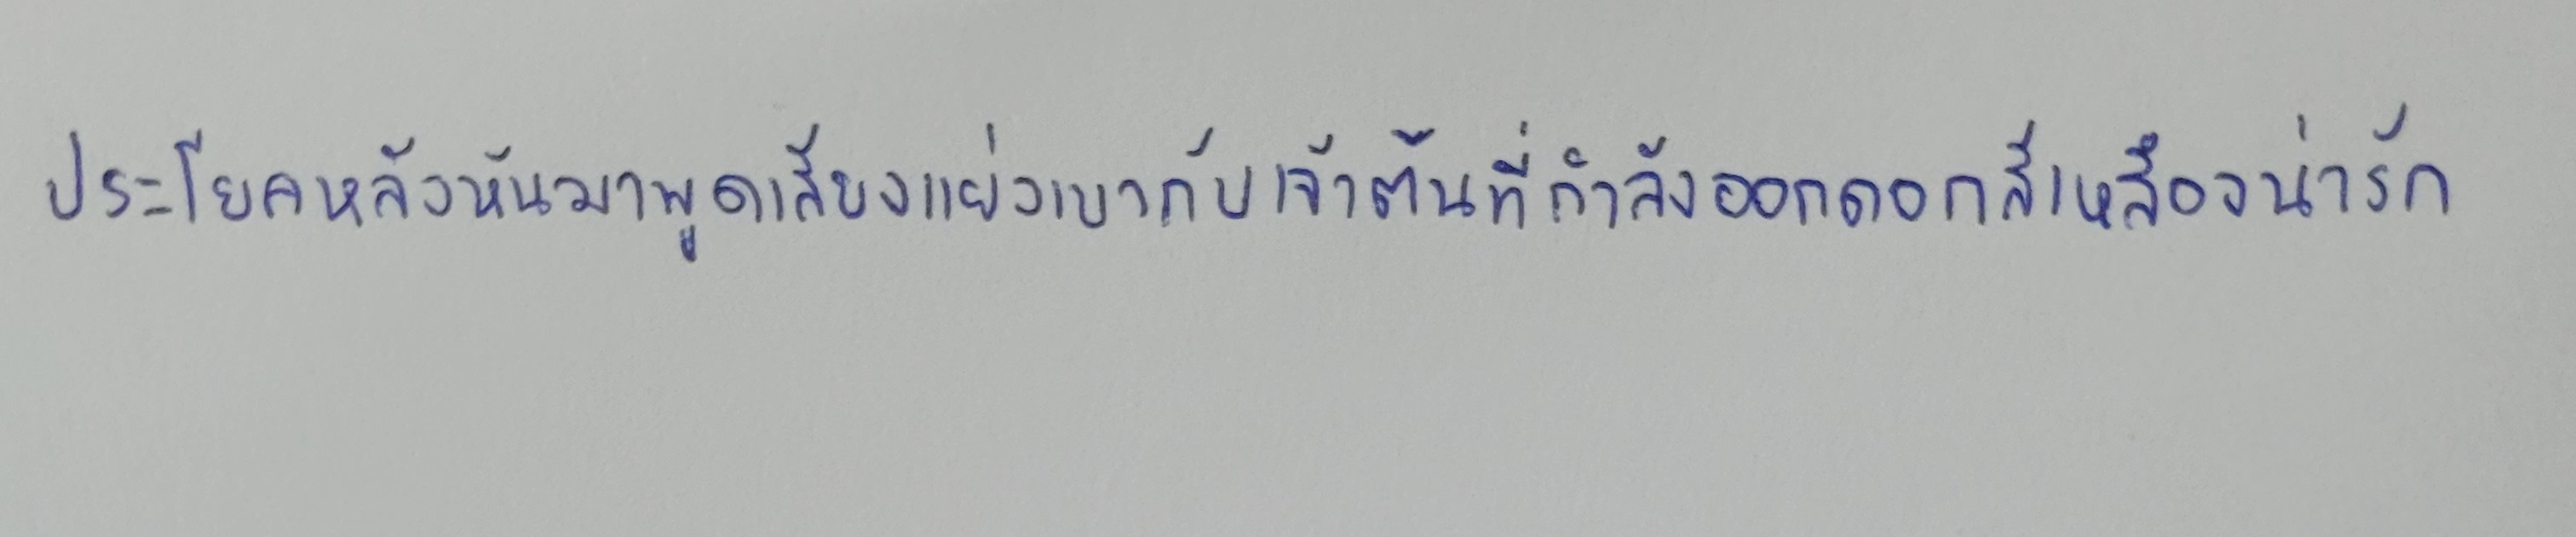
ประโยคหลังหันมาพูดเสียงแผ่วเบากับเจ้าต้นที่กำลังออกดอกสีเหลืองน่ารัก